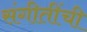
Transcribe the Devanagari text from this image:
संगीतींची